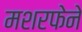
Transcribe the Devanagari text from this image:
मशरफेने